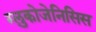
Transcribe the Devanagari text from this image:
ग्लुकोजेनिसिस